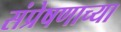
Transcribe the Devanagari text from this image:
संप्रेषणाच्या